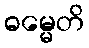
ဓမ္မေတိ